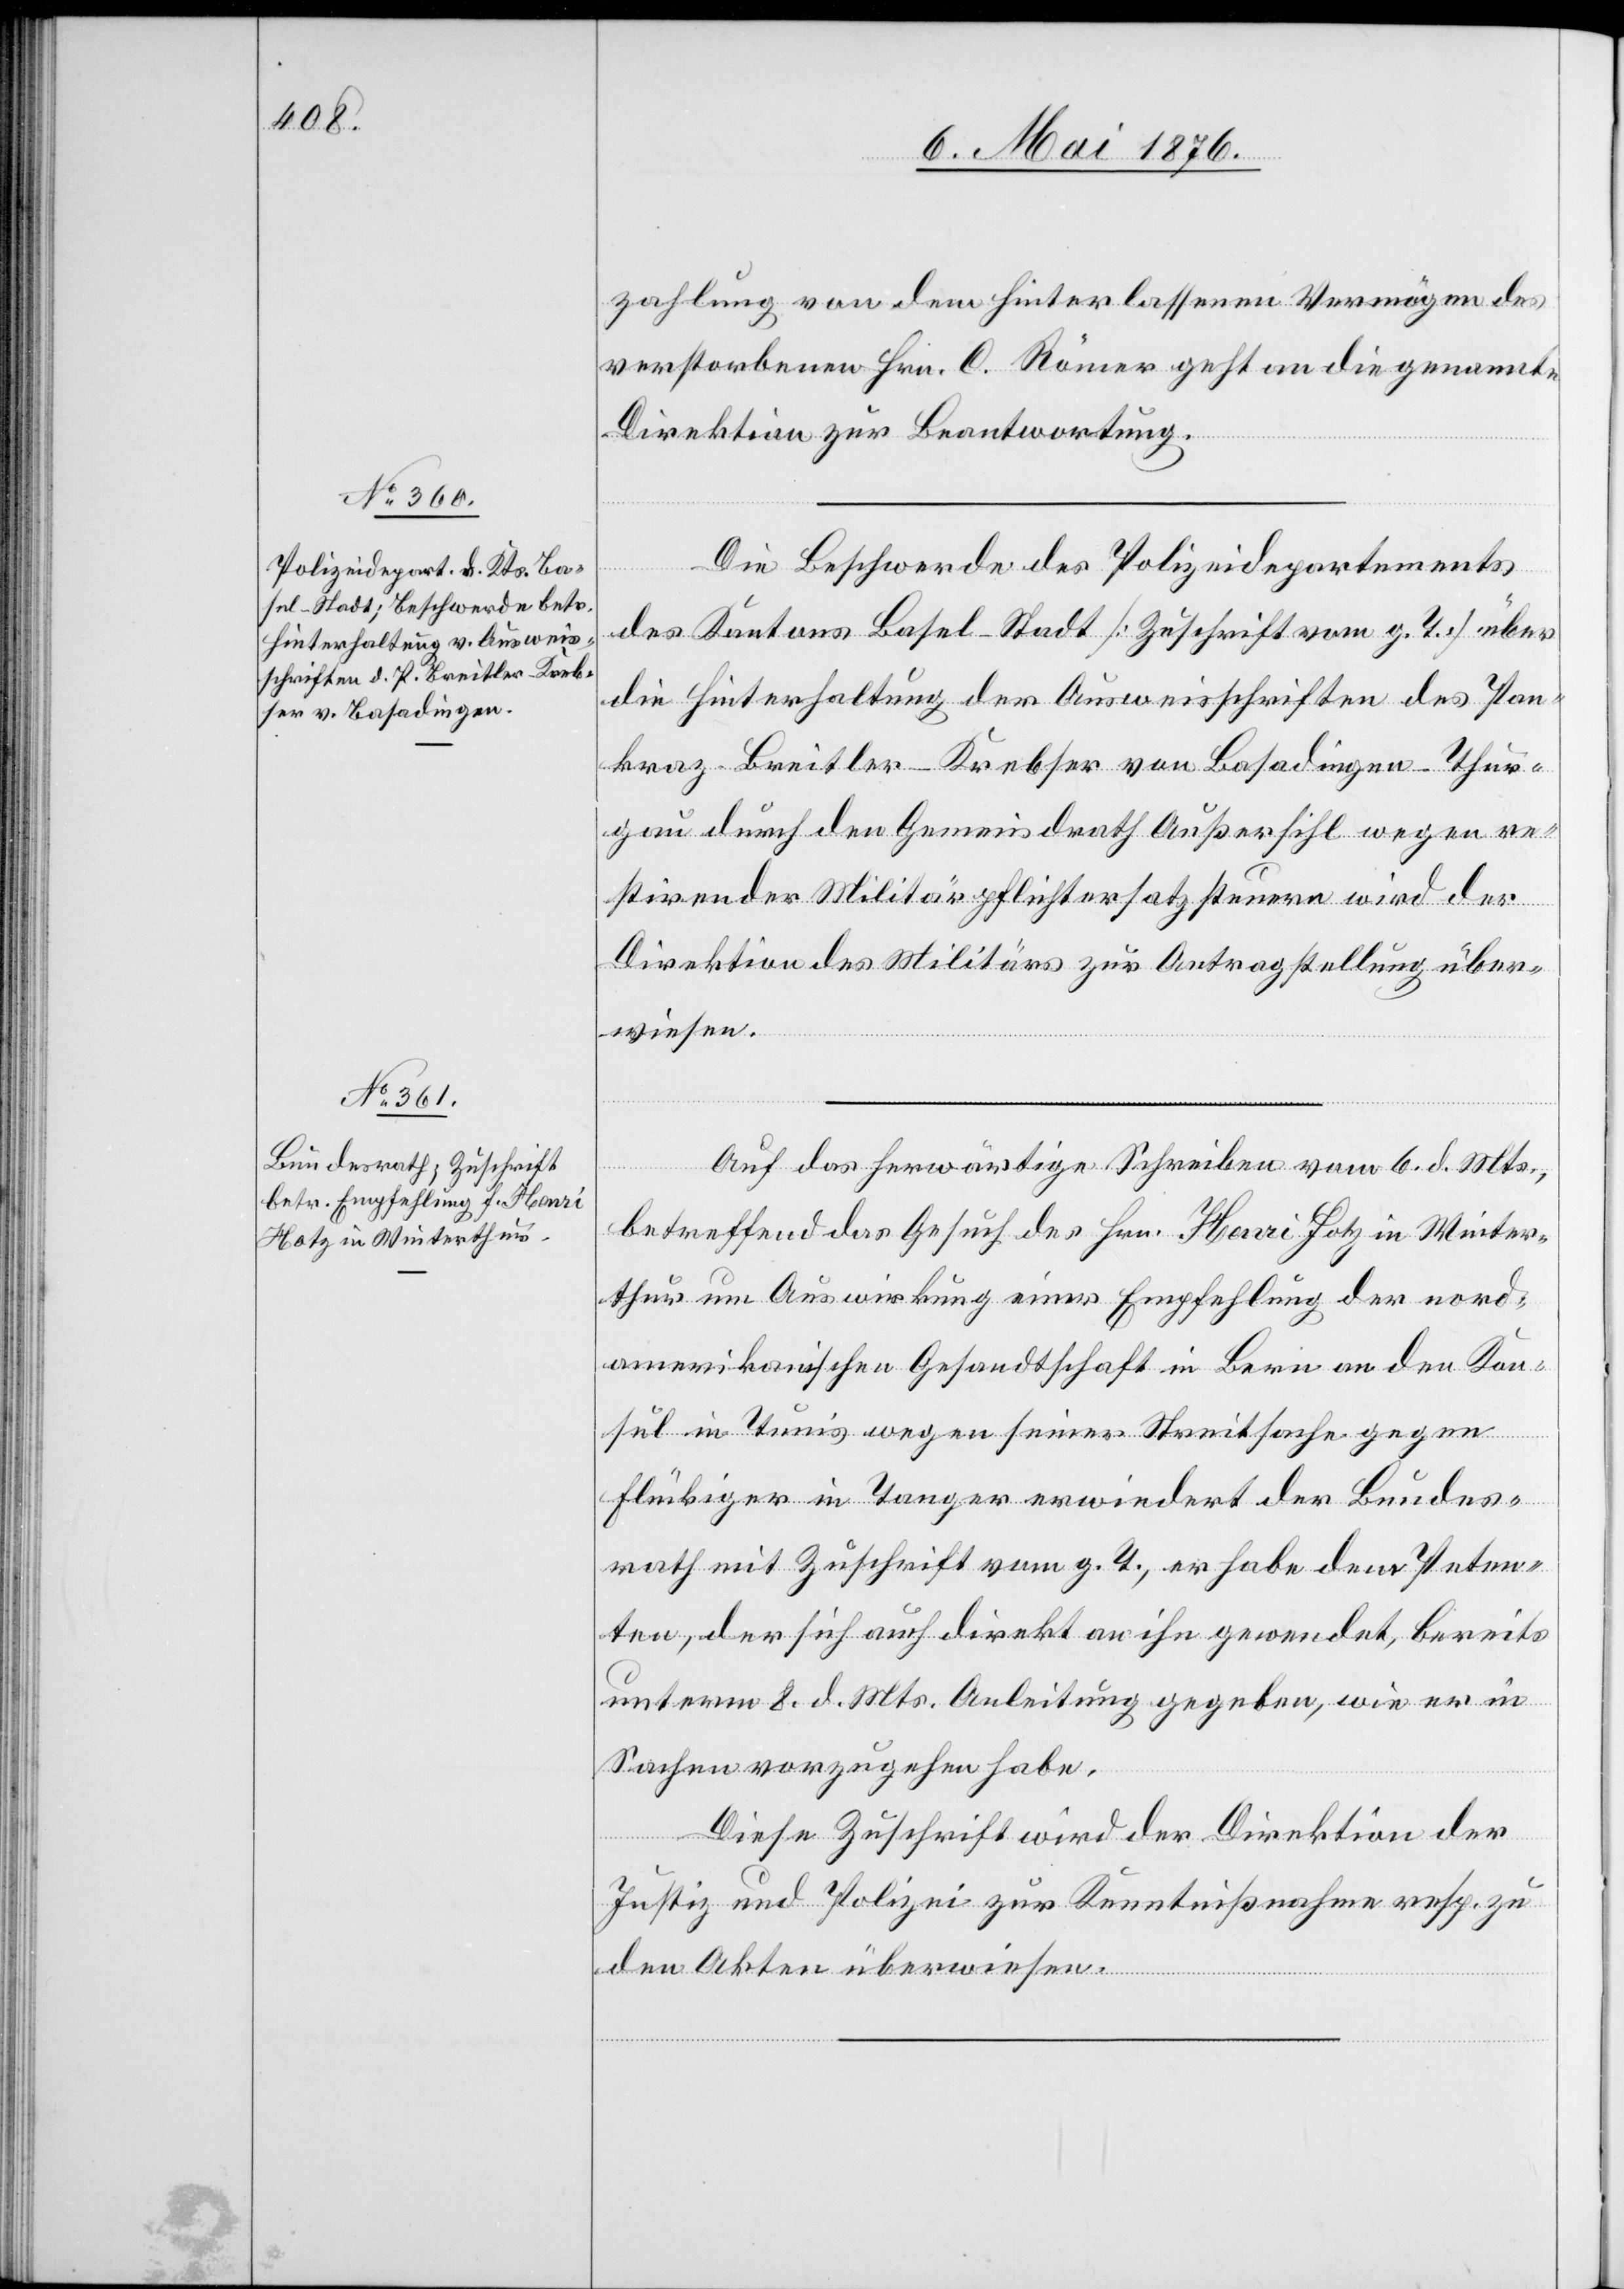
12. Mai 1876.]
zahlung von dem hinterlassenen Vermögen des
verstorbenen Hrn. C. Römer geht an die genannte
Direktion zur Beantwortung.
Die Beschwerde des Polizeidepartements
des Kantons Basel-Stadt [Zuschrift vom g. T.] über
die Hinterhaltung der Ausweisschriften des Pan¬
kraz Breitler-Krebser von Basadingen - Thur¬
gau durch den Gemeindrath Außersihl wegen re¬
stirender Militärpflichtersatzsteuern wird der
Direktion des Militärs zur Antragstellung über¬
wiesen.
Auf das herwärtige Schreiben vom 6. d. Mts.,
betreffend das Gesuch des Hrn. Henri Hotz in Winter¬
thur um Auswirkung einer Empfehlung der nord¬
amerikanischen Gesandtschaft in Bern an den Kon¬
sul in Tunis wegen seiner Streitsache gegen
Flückiger in Tanger erwiedert der Bundes¬
rath mit Zuschrift vom g. T., er habe dem Peten¬
ten, der sich auch direkt an ihn gewendet, bereits
unterm 8. d. Mts. Anleitung gegeben, wie er in
Sachen vorzugehen habe.
Diese Zuschrift wird der Direktion der
Justiz und Polizei zur Kenntnißnahme resp. zu
den Akten überwiesen.